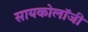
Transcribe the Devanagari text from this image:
सायकोलॉजी